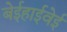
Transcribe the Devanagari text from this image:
बेईहाईवेई